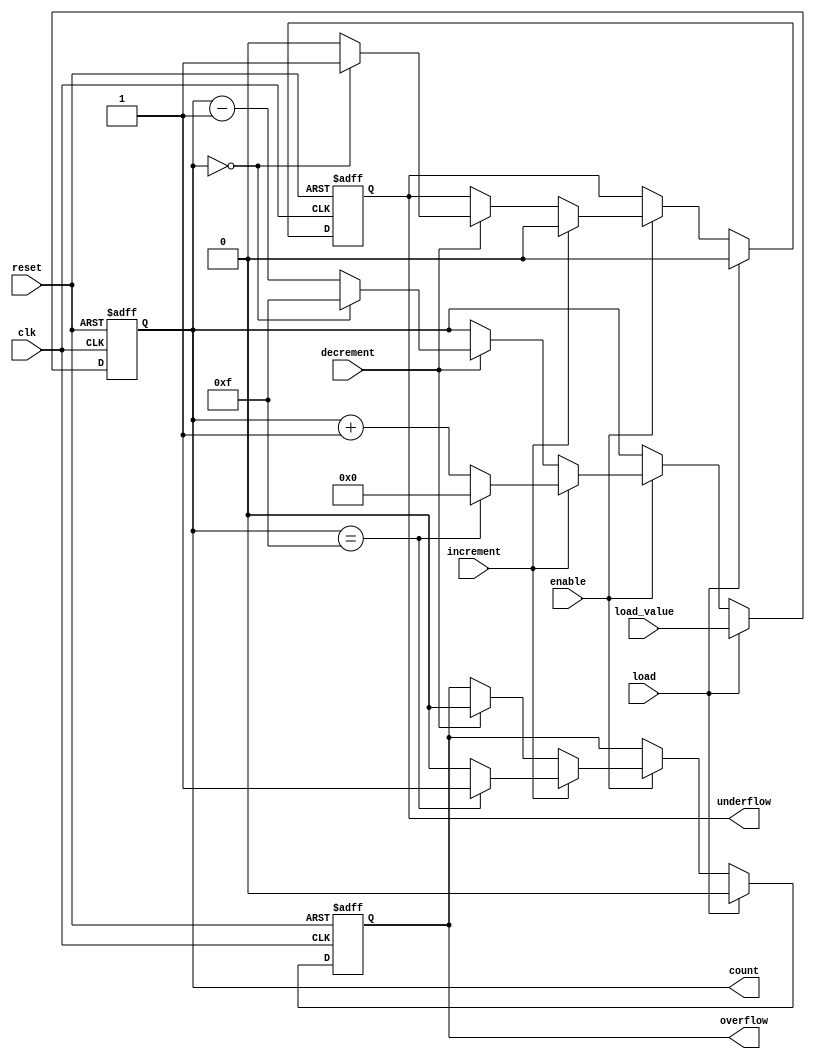
module synchronous_counter #(
    parameter N = 4 // Number of bits in the counter
)(
    input wire clk,           // Clock input
    input wire reset,         // Asynchronous reset
    input wire load,          // Load control signal
    input wire enable,        // Enable signal
    input wire increment,     // Increment control signal
    input wire decrement,     // Decrement control signal
    input wire [N-1:0] load_value, // Value to load into the counter
    output reg [N-1:0] count, // Current count value
    output reg overflow,      // Overflow detection
    output reg underflow      // Underflow detection
);

    // Asynchronous reset
    always @(posedge clk or posedge reset) begin
        if (reset) begin
            count <= 0; // Reset counter to 0
            overflow <= 0;
            underflow <= 0;
        end else if (load) begin
            count <= load_value; // Load specific value into counter
            overflow <= 0;
            underflow <= 0;
        end else if (enable) begin
            if (increment) begin
                if (count == (1 << N) - 1) begin
                    count <= 0; // Wrap around on overflow
                    overflow <= 1; // Set overflow flag
                end else begin
                    count <= count + 1; // Increment counter
                    overflow <= 0;
                end
                underflow <= 0;
            end else if (decrement) begin
                if (count == 0) begin
                    count <= (1 << N) - 1; // Wrap around on underflow
                    underflow <= 1; // Set underflow flag
                end else begin
                    count <= count - 1; // Decrement counter
                    underflow <= 0;
                end
                overflow <= 0;
            end
        end
    end

endmodule